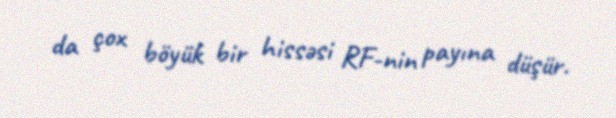
da çox böyük bir hissəsi RF-nin payına düşür.